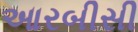
આરબીસી